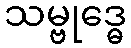
သမ္ဗုဒ္ဓေ